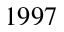
1 9 9 7